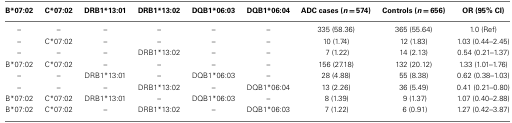
<table><thead><tr><td><b>B*07:02</b></td><td><b>C*07:02</b></td><td><b>DRB1*13:01</b></td><td><b>DRB1*13:02</b></td><td><b>DQB1*06:03</b></td><td><b>DQB1*06:04</b></td><td><b>ADC cases (<i>n</i> = 574)</b></td><td><b>Controls (<i>n</i> = 656)</b></td><td><b>OR (95% CI)</b></td></tr></thead><tbody><tr><td>–</td><td>–</td><td>–</td><td>–</td><td>–</td><td>–</td><td>335 (58.36)</td><td>365 (55.64)</td><td>1.0 (Ref)</td></tr><tr><td>–</td><td>C*07:02</td><td>–</td><td>–</td><td>–</td><td>–</td><td>10 (1.74)</td><td>12 (1.83)</td><td>1.03 (0.44–2.45)</td></tr><tr><td>–</td><td>–</td><td>–</td><td>DRB1*13:02</td><td>–</td><td>–</td><td>7 (1.22)</td><td>14 (2.13)</td><td>0.54 (0.21–1.37)</td></tr><tr><td>B*07:02</td><td>C*07:02</td><td>–</td><td>–</td><td>–</td><td>–</td><td>156 (27.18)</td><td>132 (20.12)</td><td>1.33 (1.01–1.76)</td></tr><tr><td>–</td><td>–</td><td>DRB1*13:01</td><td>–</td><td>DQB1*06:03</td><td>–</td><td>28 (4.88)</td><td>55 (8.38)</td><td>0.62 (0.38–1.03)</td></tr><tr><td>–</td><td>–</td><td>–</td><td>DRB1*13:02</td><td>–</td><td>DQB1*06:04</td><td>13 (2.26)</td><td>36 (5.49)</td><td>0.41 (0.21–0.80)</td></tr><tr><td>B*07:02</td><td>C*07:02</td><td>DRB1*13:01</td><td>–</td><td>DQB1*06:03</td><td>–</td><td>8 (1.39)</td><td>9 (1.37)</td><td>1.07 (0.40–2.88)</td></tr><tr><td>B*07:02</td><td>C*07:02</td><td>–</td><td>DRB1*13:02</td><td>–</td><td>DQB1*06:03</td><td>7 (1.22)</td><td>6 (0.91)</td><td>1.27 (0.42–3.87)</td></tr></tbody></table>